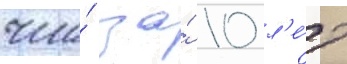
что́ за́ 10 л'е́т